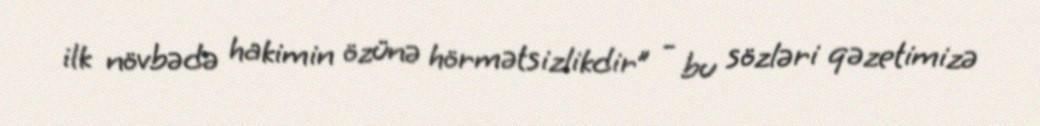
ilk növbədə hakimin özünə hörmətsizlikdir” - bu sözləri qəzetimizə